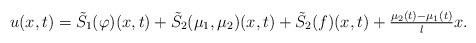
\begin{align*} u(x, t) = \tilde{S}_{1}(\varphi)(x, t) + \tilde{S}_{2}(\mu_{1}, \mu_{2})(x, t) + \tilde{S}_{2}(f)(x, t) + \tfrac{\mu_{2}(t) - \mu_{1}(t)}{l} x. \end{align*}